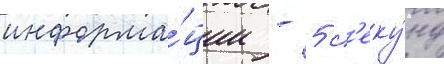
информа́ции - 5 с'еку́нд